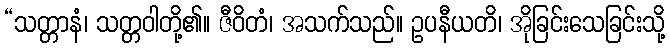
“သတ္တာနံ၊ သတ္တဝါတို့၏။ ဇီဝိတံ၊ အသက်သည်။ ဥပနီယတိ၊ အိုခြင်းသေခြင်းသို့